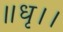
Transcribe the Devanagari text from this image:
॥धृ।।